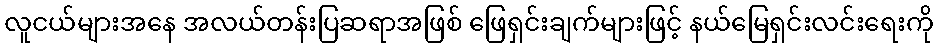
လူငယ်များအနေ အလယ်တန်းပြဆရာအဖြစ် ဖြေရှင်းချက်များဖြင့် နယ်မြေရှင်းလင်းရေးကို